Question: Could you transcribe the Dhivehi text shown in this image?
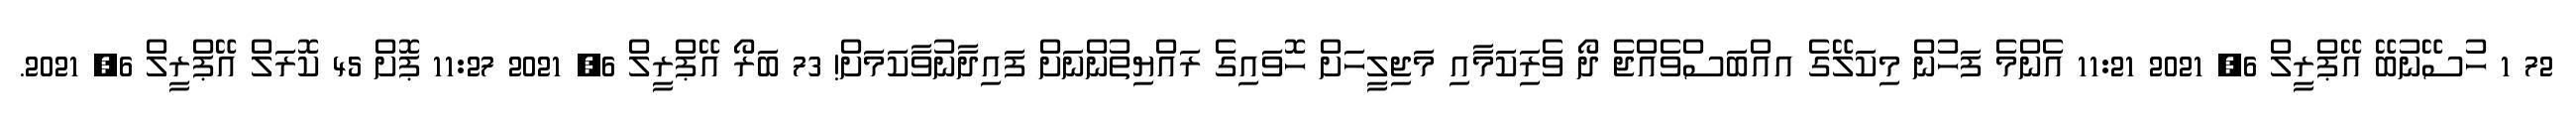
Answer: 72 1 ހުސޭނުބޭ އޭޕްރީލް 6, 2021 11:21 އެންމެ ފަހުން މިކަލޭގެ އއްބަސްވެއްޖެ ދޯ ވެރިަކަމާއި މަޖިލީހަށް ހޮވައިގެ ރައްޔިތުންނަށް ފައިދާނުވާކަމަށް! 73 ބަރޯ އޭޕްރީލް 6, 2021 11:27 ޕޮށް 45 ކޮރަލް އޭޕްރީލް 6, 2021.